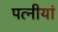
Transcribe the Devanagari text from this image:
पत्नीयां